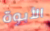
الأبوة